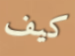
كيف